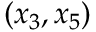
( x _ { 3 } , x _ { 5 } )